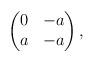
LaTeX: \begin{align*}\begin{pmatrix}0 & -a \\a & -a\end{pmatrix},\end{align*}